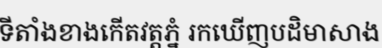
ទីតាំងខាងកើតវត្តភ្នំ រកឃើញបដិមាសាង